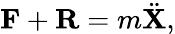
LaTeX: \mathbf{F}+\mathbf{R}=m{\ddot{\mathbf{X}}},